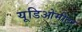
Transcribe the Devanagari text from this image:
यूडिओमीटर